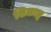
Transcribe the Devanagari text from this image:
शिलाङ्ग